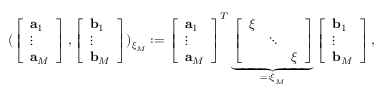
( \left[ \begin{array} { l } { \mathbf { a } _ { 1 } } \\ { \vdots } \\ { \mathbf { a } _ { M } } \end{array} \right] , \left[ \begin{array} { l } { \mathbf { b } _ { 1 } } \\ { \vdots } \\ { \mathbf { b } _ { M } } \end{array} \right] ) _ { \boldsymbol { \xi } _ { M } } : = \left[ \begin{array} { l } { \mathbf { a } _ { 1 } } \\ { \vdots } \\ { \mathbf { a } _ { M } } \end{array} \right] ^ { T } \underbrace { \left[ \begin{array} { l l l } { \boldsymbol { \xi } } & & \\ & { \ddots } & \\ & & { \boldsymbol { \xi } } \end{array} \right] } _ { = : \boldsymbol { \xi } _ { M } } \left[ \begin{array} { l } { \mathbf { b } _ { 1 } } \\ { \vdots } \\ { \mathbf { b } _ { M } } \end{array} \right] ,